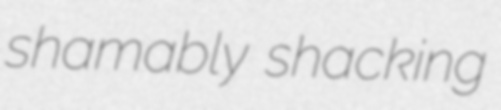
shamably shacking